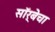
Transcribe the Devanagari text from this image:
सॉर्बेचा